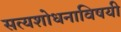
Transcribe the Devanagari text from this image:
सत्यशोधनाविषयी